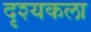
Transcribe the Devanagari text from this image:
दृश्‍यकला